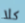
كلا